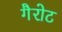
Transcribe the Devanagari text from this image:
गैरोट